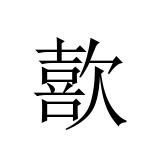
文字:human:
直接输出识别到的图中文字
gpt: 歖